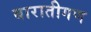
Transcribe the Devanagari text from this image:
बारातीगण